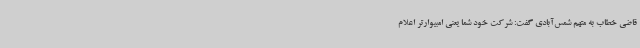
قاضی خطاب به متهم شمس‌آبادی گفت: شرکت خود شما یعنی امبیوارتر اعلام